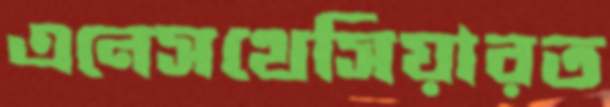
এনেসথেসিয়ারত